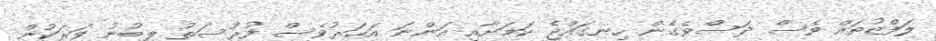
ލަފްޒުތައް ވެސް ދަސްވެގެން ހިނގައްޖެ ކަމަށާއި އަންނަ އަހަރުވެސް ފުރުސަތު ލިބުނު ވަރަކުން